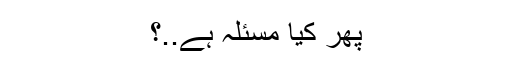
پھر کیا مسئلہ ہے..؟